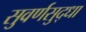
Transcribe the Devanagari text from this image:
सुवर्णसुद्धा